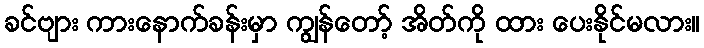
ခင်ဗျား ကားနောက်ခန်းမှာ ကျွန်တော့် အိတ်ကို ထား ပေးနိုင်မလား။